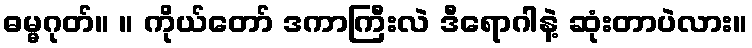
ဓမ္မဂုတ်။ ။ ကိုယ်တော် ဒကာကြီးလဲ ဒီရောဂါနဲ့ ဆုံးတာပဲလား။